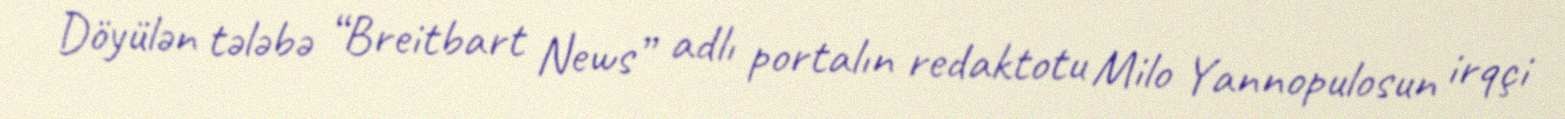
Döyülən tələbə “Breitbart News” adlı portalın redaktotu Milo Yannopulosun irqçi